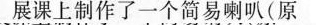
展课上制作了一个简易喇叭(原